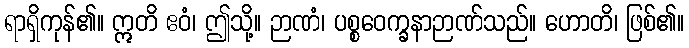
ရာရှိကုန်၏။ ဣတိ ဧဝံ၊ ဤသို့။ ဉာဏံ၊ ပစ္စဝေက္ခနာဉာဏ်သည်။ ဟောတိ၊ ဖြစ်၏။